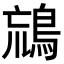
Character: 𪀞